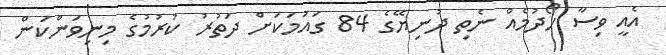
އެއީ ވިސާ ހޯދުމެއް ނެތި ދުނިޔޭގެ 84 ގައުމަކަށް ދަތުރު ކުރުމުގެ މިނިވަންކަން